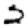
Digit: 2